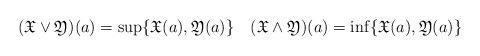
LaTeX: \begin{align*} (\mathfrak{X}\vee\mathfrak{Y})(a) = \sup\{\mathfrak{X}(a),\mathfrak{Y}(a)\} \quad (\mathfrak{X}\wedge\mathfrak{Y})(a) = \inf\{\mathfrak{X}(a),\mathfrak{Y}(a)\}\end{align*}